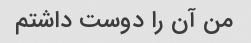
من آن را دوست داشتم